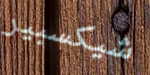
شيكسبير